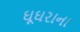
ઘૂઘરાના